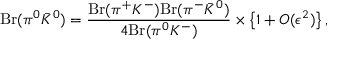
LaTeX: { \displaystyle \mathrm { B r } ( \pi ^ { 0 } \bar { K } ^ { 0 } ) = \frac { \mathrm { B r } ( \pi ^ { + } K ^ { - } ) \mathrm { B r } ( \pi ^ { - } \bar { K } ^ { 0 } ) } { 4 \mathrm { B r } ( \pi ^ { 0 } K ^ { - } ) } } \times \left\{ 1 + O ( \epsilon ^ { 2 } ) \right\} ,